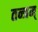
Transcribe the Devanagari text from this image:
तन्त्रम्